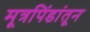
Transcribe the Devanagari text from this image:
मूत्रपिंडांतून